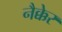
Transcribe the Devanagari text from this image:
नैक्केर